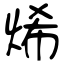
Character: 烯